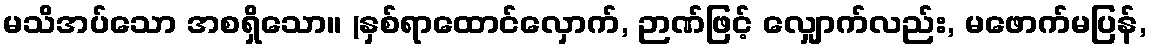
မသိအပ်သော အစရှိသော။ (နှစ်ရာထောင်လှောက်, ဉာဏ်ဖြင့် လျှောက်လည်း, မဖောက်မပြန်,